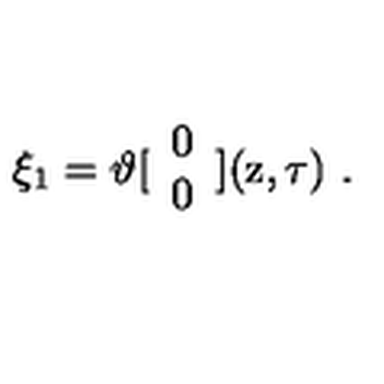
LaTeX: \xi _ { 1 } = \vartheta [ \begin{array} { c } { 0 } \\ { 0 } \\ \end{array} ] ( \mathrm { z } , \tau ) \ .